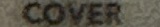
COVER